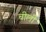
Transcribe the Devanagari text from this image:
चीली